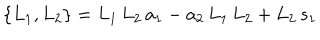
\{ L _ { 1 } , L _ { 2 } \} = L _ { 1 } \, L _ { 2 } \, a _ { 1 } - a _ { 2 } \, L _ { 1 } \, L _ { 2 } + L _ { 2 } \, s _ { 1 }